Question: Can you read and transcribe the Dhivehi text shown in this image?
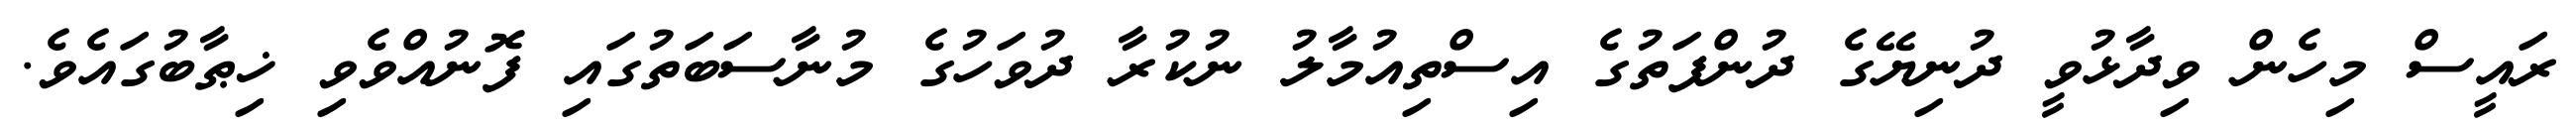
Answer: ރައީސް މިހެން ވިދާޅުވީ ދުނިޔޭގެ ދުންފަތުގެ އިސްތިއުމާލު ނުކުރާ ދުވަހުގެ މުނާސަބަތުގައި ފޮނުއްވެވި ޚިޠާބުގައެވެ.